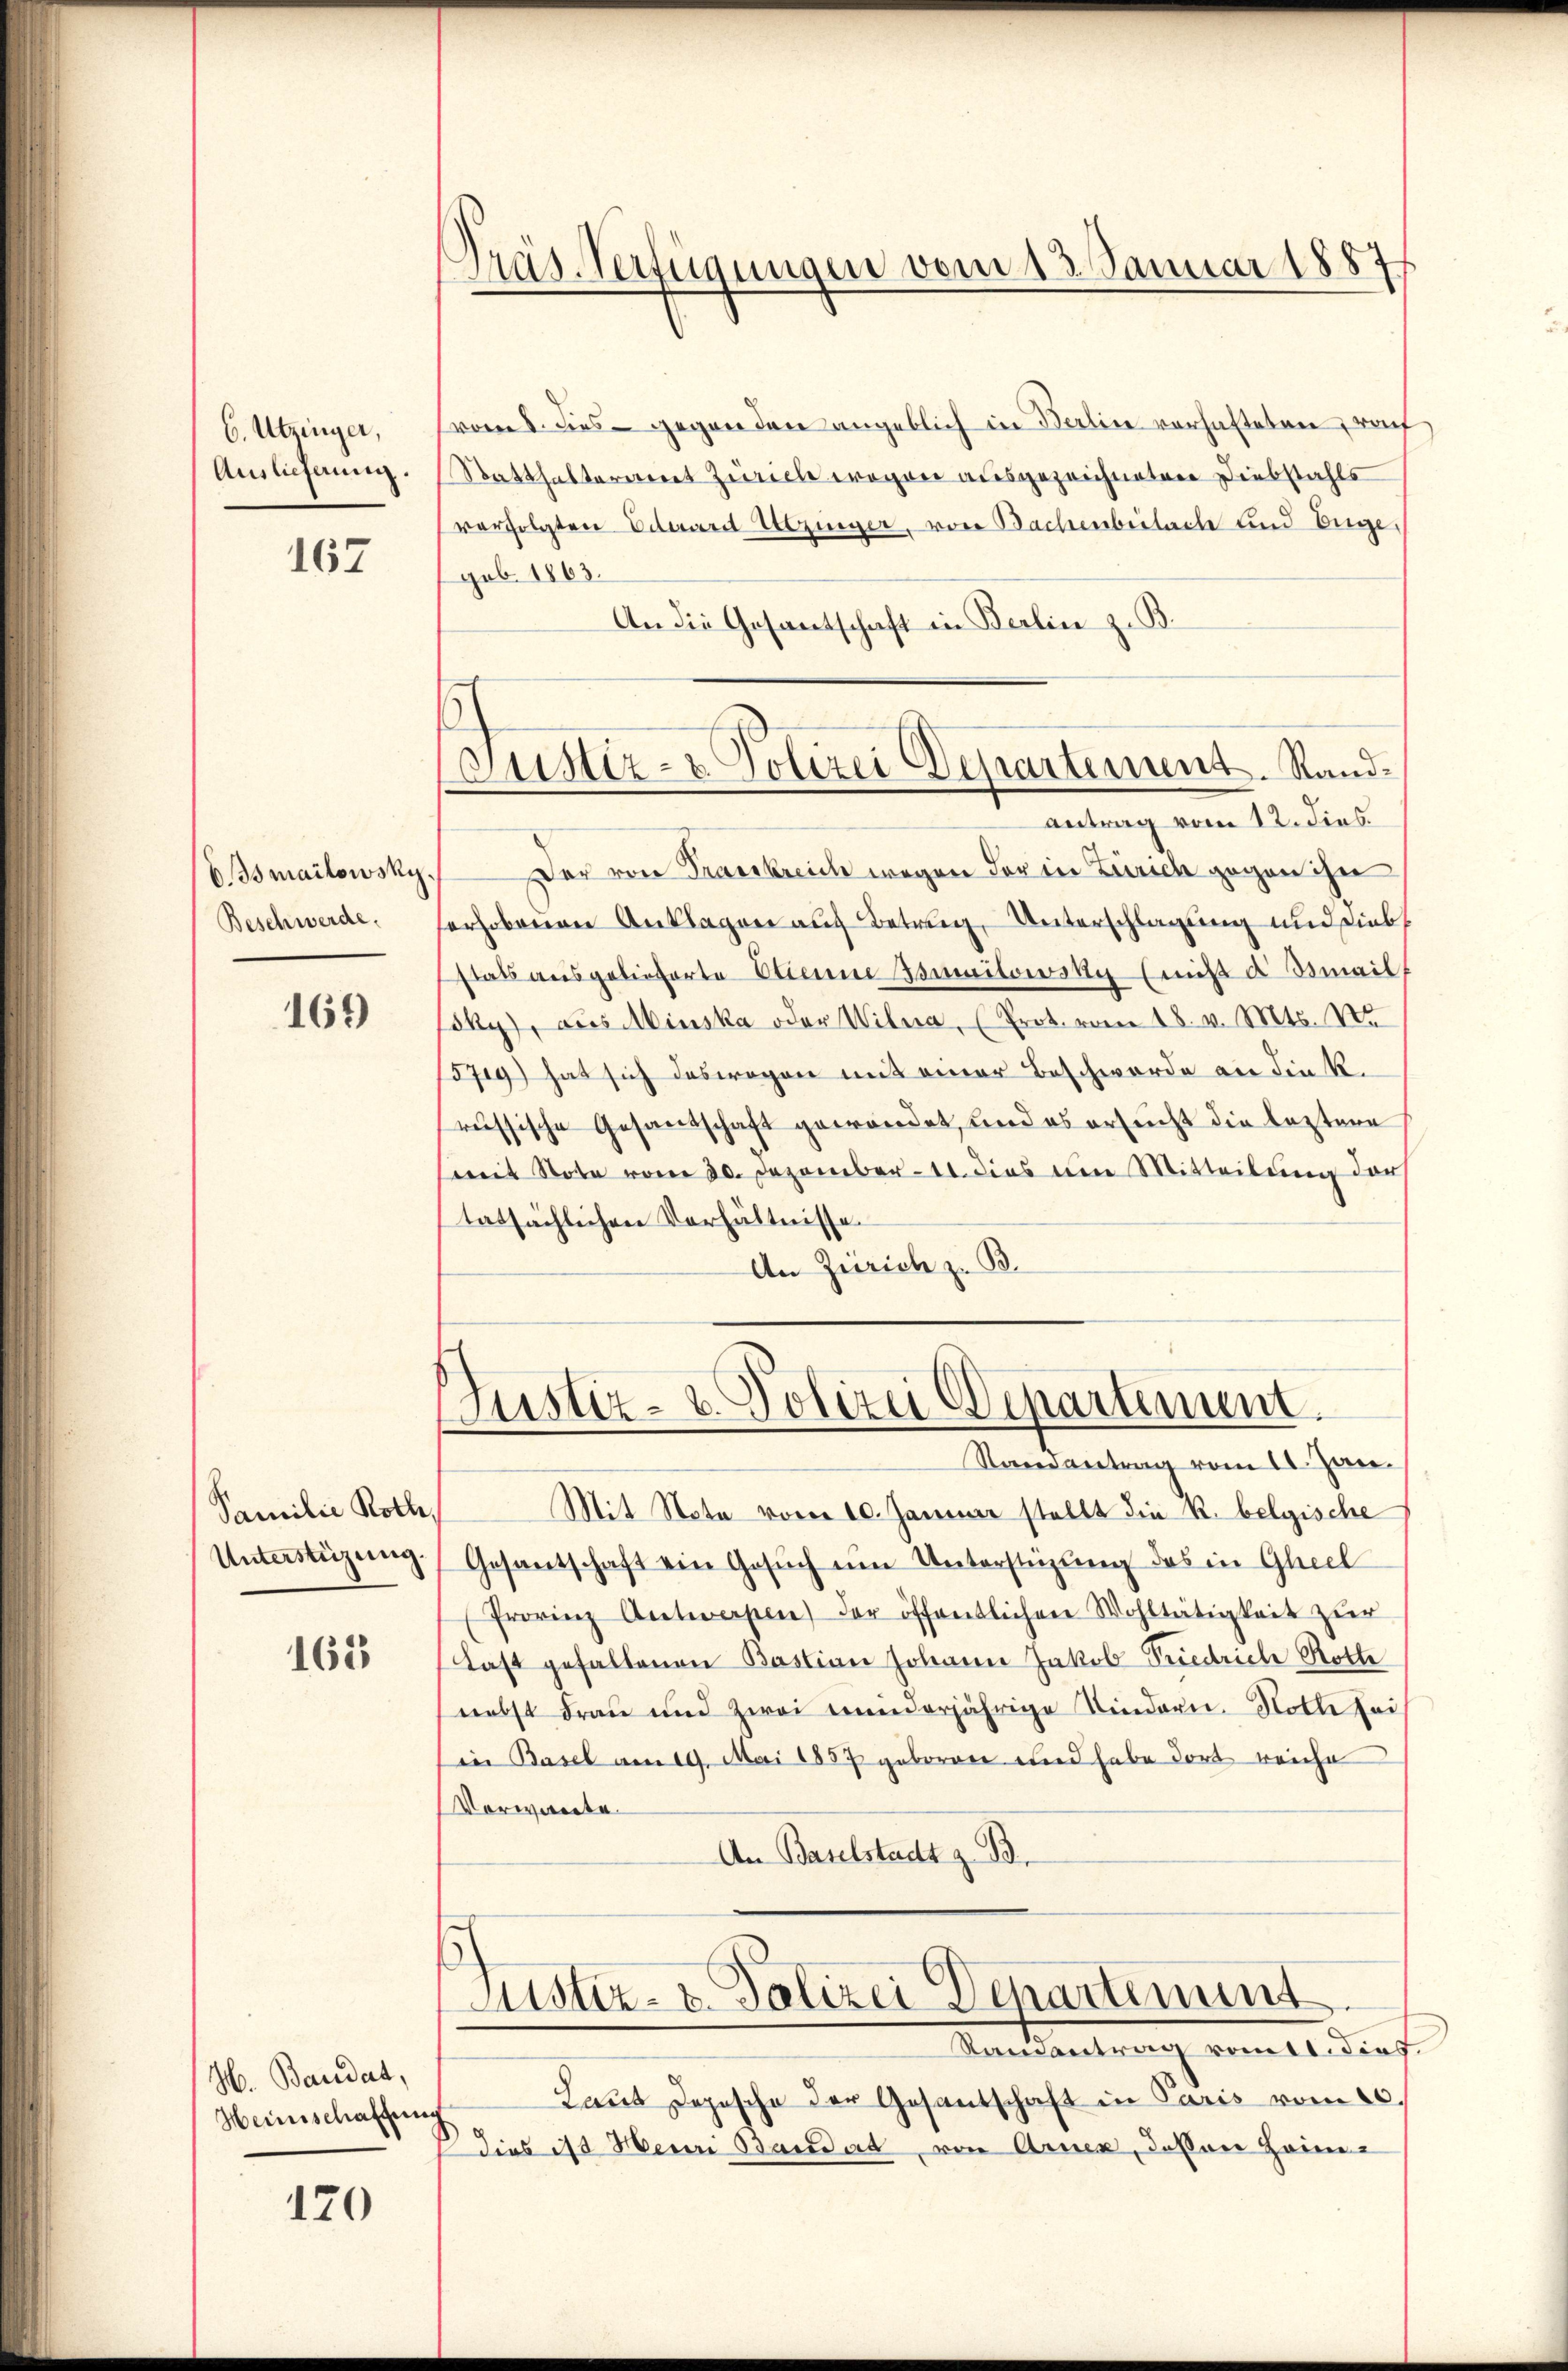
6. Utzinger,
Auslieferung.

167

EIsmailowsky.
Beschwerde.

169

Familie Rolle,
Unterstüzung

165

H. Baudat,
Heinschaffung

120

Präs. Verfügungen vom 13. Januar 18877

s
Justiz- & Polizei Departement. Stand¬

(vom 8. dies gegen den angeblich in Berlin verhafteten, raf
Statthalteramt Zürich wegen ausgezeichneten Diebstahls
verfolgten Eduard Utzinger, von Bachenbeilache und Enge,
geb. 1863.]
An die Gesantschaft in Berlin z. B.
antrag vom 12. dies.
Der von Frankreich wegen der in Zürich gegen ihn
erhobenen Anklagen auf Betrug, Unterschlagung und Diebstats ausgelieferte Etienne Bonitowsky (nicht d Smailf
sky), aus Minska oder Willa, (Prot. vom 18. v. Mts. No
579) hat sich deswegen mit einer Beschwerde an die k.
russische Gesandschaft gewandet, und es ersucht die leztere
mit Note vom 30. Dezember 11. dies um Mitteilung der
tatsächlichen Verhältnisse.
An Zürich z. B.
Justiz- u. Polizei Departement.
Namantrag vom 11. Jan.
Mit Nota vom 10. Januar stellt die R. belgische
Gesantschaft ein Gesŭch ŭm Unterstüzung des in Gleel
Provinz Antworfen der öffentlichen Wohltätigkeit zur
Last gefallenen Bastian Johann Jakob Friedriche Rotte
nebst Frau und zwei minderjährige Niedern. Noth bei
in Basel am 19. Mai 1857 geboren und habe dort reiche
Vorwarte.
An Baselstadt z. B.
Justiz- & Polizei Departement
Samantrag vom 11. dies.
Laut Depesche der Gesantschaft in Paris vom 20.
dies ist Mein Standat von Arnex, dessen Heim¬